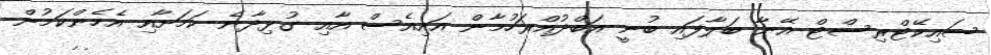
ސައިކޭޓްރިސްޓް އޭނާ ބަލާފައި ބުނީ އަބްދުއްރަހުމާން އައިއެސް އާއި ގުޅިދާނެ ކަމަށާއި އެހެންކަމުން